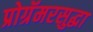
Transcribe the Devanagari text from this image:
प्रोग्रॅमरसुद्धा